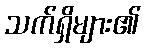
သက်ရှိများ၏